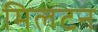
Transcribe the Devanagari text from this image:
मिलटन